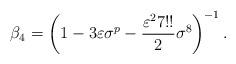
LaTeX: \begin{align*}\beta_{4}=\left(1-3\varepsilon \sigma^{p}-\frac{\varepsilon^{2}7!!}{2} \sigma^{8} \right)^{-1}. \end{align*}